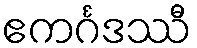
ဧကင်္ဂဒဿီ